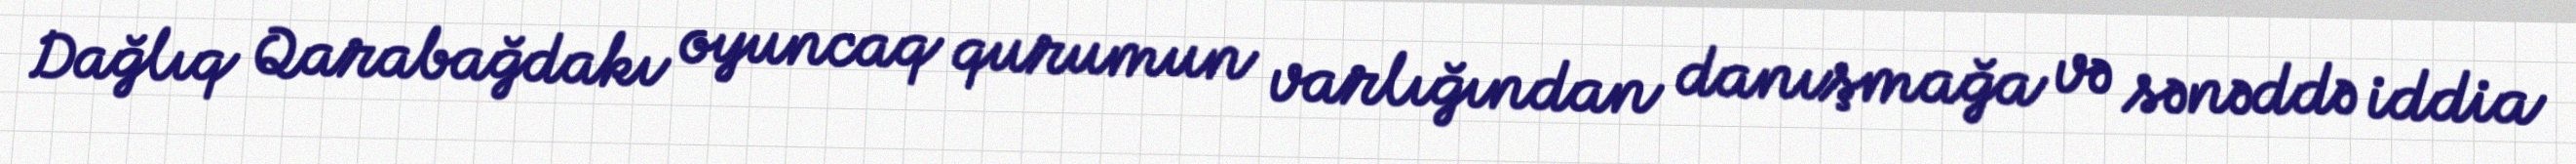
Dağlıq Qarabağdakı oyuncaq qurumun varlığından danışmağa və sənəddə iddia